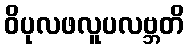
ဝိပုလဖလူပလဗ္ဘတိ